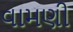
વામણી